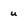
Character: u